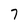
Character: 7